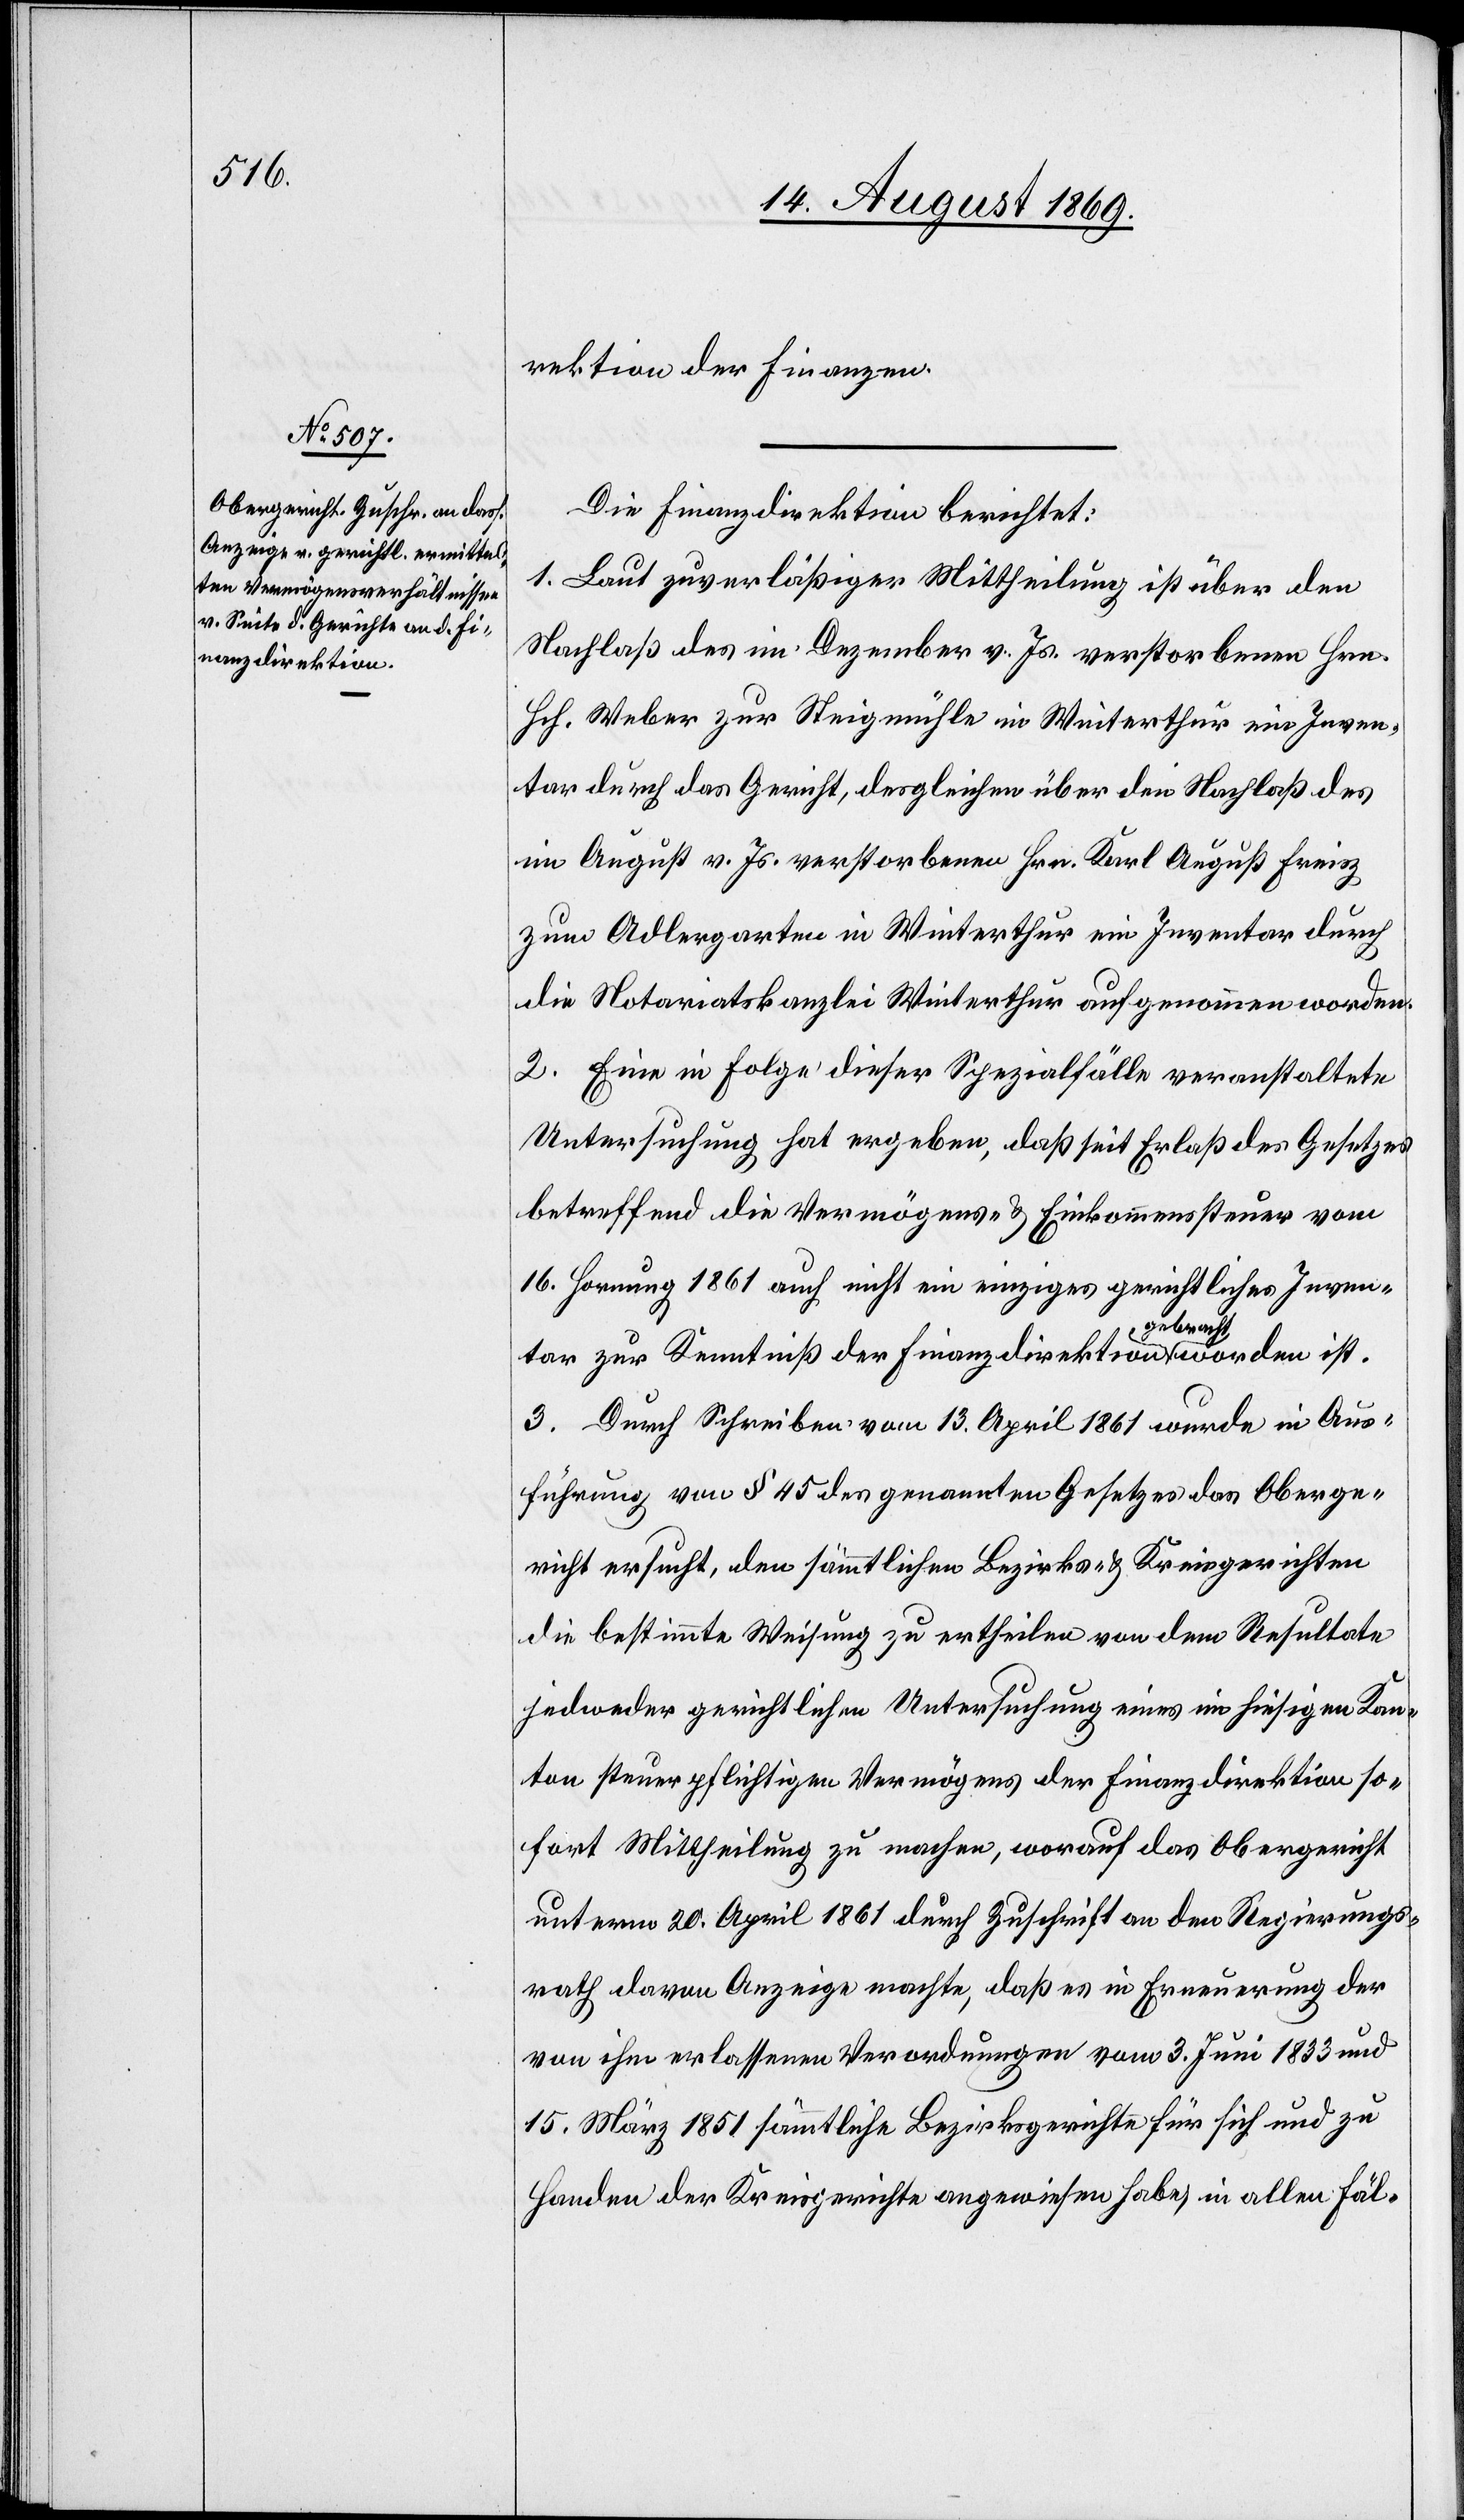
rektion der Finanzen.
Die Finanzdirektion berichtet:
1. Laut zuverläßiger Mittheilung ist über den
Nachlaß des im Dezember v. Js. verstorbenen Hrn.
Hch. Weber zur Steigmühle in Winterthur ein Inven¬
tar durch das Gericht, desgleichen über den Nachlaß des
im August v. Js. verstorbenen Hrn. Karl August Freisz
zum Adlergarten in Winterthur ein Inventar durch
die Notariatskanzlei Winterthur aufgenommen worden.
2. Eine in Folge dieser Spezialfälle veranstaltete
Untersuchung hat ergeben, daß seit Erlaß des Gesetzes
betreffend die Vermögens- & Einkommenssteuer vom
16. Hornung 1861 auch nicht ein einziges gerichtliches Inven¬
tar zur Kenntniß der Finanzdirektion gebracht worden ist.
3. Durch Schreiben vom 13. April 1861 wurde in Aus¬
führung von § 45 des genannten Gesetzes das Oberge¬
richt ersucht, den sämmtlichen Bezirks- & Kreisgerichten
die bestimmte Weisung zu ertheilen von dem Resultate
jedweder gerichtlichen Untersuchung eines im hiesigen Kan¬
ton steuerpflichtigen Vermögens der Finanzdirektion so¬
fort Mittheilung zu machen, worauf das Obergericht
unterm 20. April 1861 durch Zuschrift an den Regierungs¬
rath davon Anzeige machte, daß es in Erneuerung der
von ihm erlassenen Verordnungen vom 3. Juni 1833 und
15. März 1851 sämmtliche Bezirksgerichte für sich und zu
Handen der Kreisgerichte angewiesen habe, in allen Fäl-